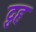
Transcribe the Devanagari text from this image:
द्रुह